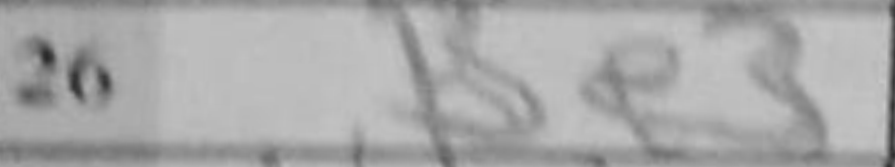
Transcription: Be3